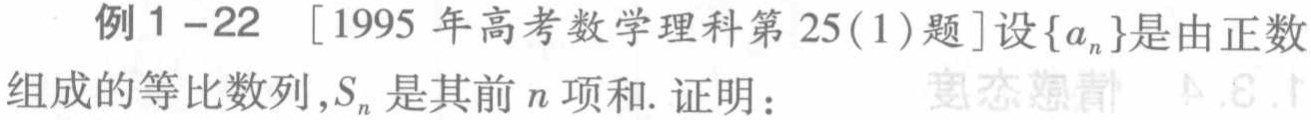
例1 - 22 [1995年高考数学理科第25(1)题]设\(\{a_{n}\}\)是由正数组成的等比数列，\(S_{n}\)是其前\(n\)项和. 证明：